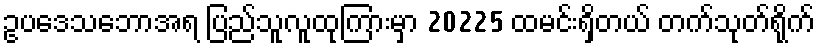
ဥပဒေသဘောအရ ပြည်သူလူထုကြားမှာ 20225 ထမင်းရှိတယ် တက်သုတ်ရိုက်